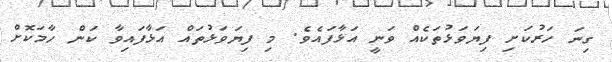
ގިނަ ހަރުކަށި ފިޔަވަޅުތަކެއް ވަނީ އަޅާފައެވެ. މި ފިޔަވަޅުތައް އަޅާފައިވާ ކަން ހާމަކޮށް